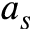
a _ { s }